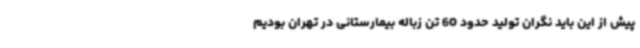
پیش از این باید نگران تولید حدود 60 تن زباله بیمارستانی در تهران بودیم